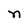
Character: n